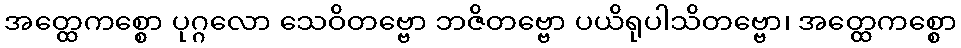
အတ္ထေကစ္စော ပုဂ္ဂလော သေဝိတဗ္ဗော ဘဇိတဗ္ဗော ပယိရုပါသိတဗ္ဗော၊ အတ္ထေကစ္စော